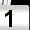
Digit: 1